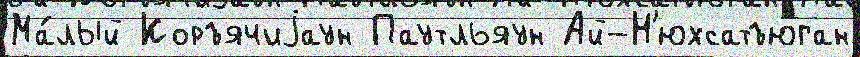
Ма́лый Коръячиjаун Паутльяун Ай-Н'юхсатъюган